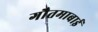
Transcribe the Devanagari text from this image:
गौतमाबाई